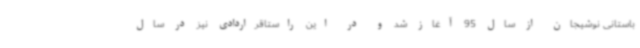
باستانی نوشیجان از سال 95 آغاز شد و در این راستاقراردادی نیز در سال